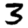
Digit: 3